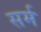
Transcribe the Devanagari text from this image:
सर्म